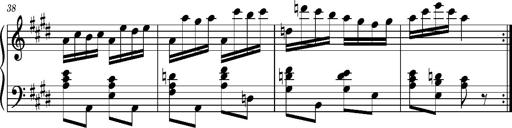
Title: Ungarischer Romanzero
Composer: Franz Liszt